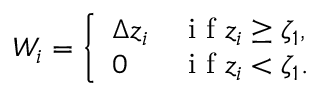
W _ { i } = \left\{ \begin{array} { l l } { \Delta z _ { i } } & { \mathrm { ~ i ~ f ~ } z _ { i } \ge \zeta _ { 1 } , } \\ { 0 } & { \mathrm { ~ i ~ f ~ } z _ { i } < \zeta _ { 1 } . } \end{array} \right.